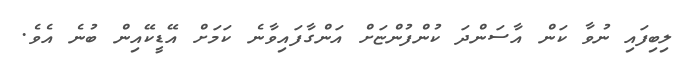
ލިބިފައި ނުވާ ކަން އާސަންދަ ކުންފުންޏަށް އަންގާފައިވާނެ ކަމަށް އޭޑީކޭއިން ބުނެ އެވެ.